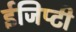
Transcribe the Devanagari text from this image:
ईजिप्टी